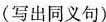
(写出同义句)